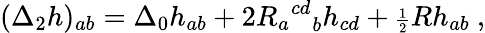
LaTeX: ({\Delta}_{2}h)_{ab}={\Delta}_{0}h_{ab}+2{{R_{a}}^{cd}}_{b}h_{cd}+{\scriptstyle{\frac{1}{2}}}Rh_{ab}\ ,